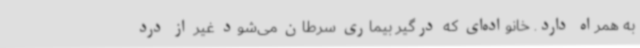
به همراه دارد. خانواده‌ای که درگیر بیماری سرطان می‌شود غیر از درد